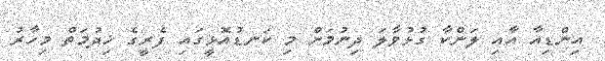
އިންޑިއާ އާއި ލަންކާ ގުޅުވާލަ ދިނުމަށް މި ކަނޑުއޮޅީގައި ފެރީގެ ޚިދުމަތް މިހާރު